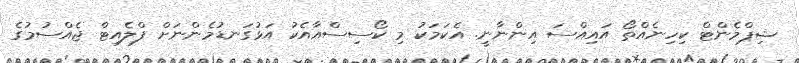
ޝިޕްމެންޓް ކިހިނެއްތޯ އައިއްސަ އިންނާނީ. އެކަމަކު މި ކޯސިސްއާއެކު އަޅުގަނޑުމެންނަށް ފްލެއިޓް ޖެއްސުމުގެ